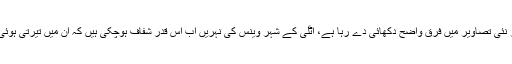
مختلف مقامات کی پرانی اور نئی تصاویر میں فرق واضح دکھائی دے رہا ہے، اٹلی کے شہر وینس کی نہریں اب اس قدر شفاف ہوچکی ہیں کہ ان میں تیرتی ہوئی مچھلیاں بھی نظر آرہی ہیں۔